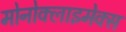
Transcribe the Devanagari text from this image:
मोनोक्लाइमेक्स